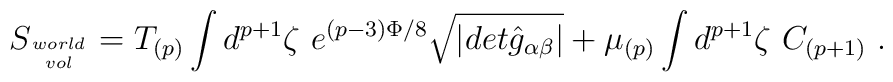
S_{world\atop vol} =  T_{(p)} \int d^{p+1}\zeta\  e^{(p-3)\Phi/8}\sqrt{\vert det{\hat g}_{\alpha\beta}\vert} +  \mu_{(p)} \int d^{p+1}\zeta\   C_{(p+1)} \ .